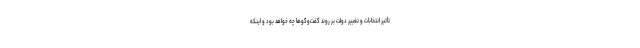
تأثیر انتخابات و تغییر دولت بر روند گفت‌وگوها چه خواهد بود و اینکه